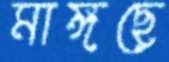
মাঙ্গছে